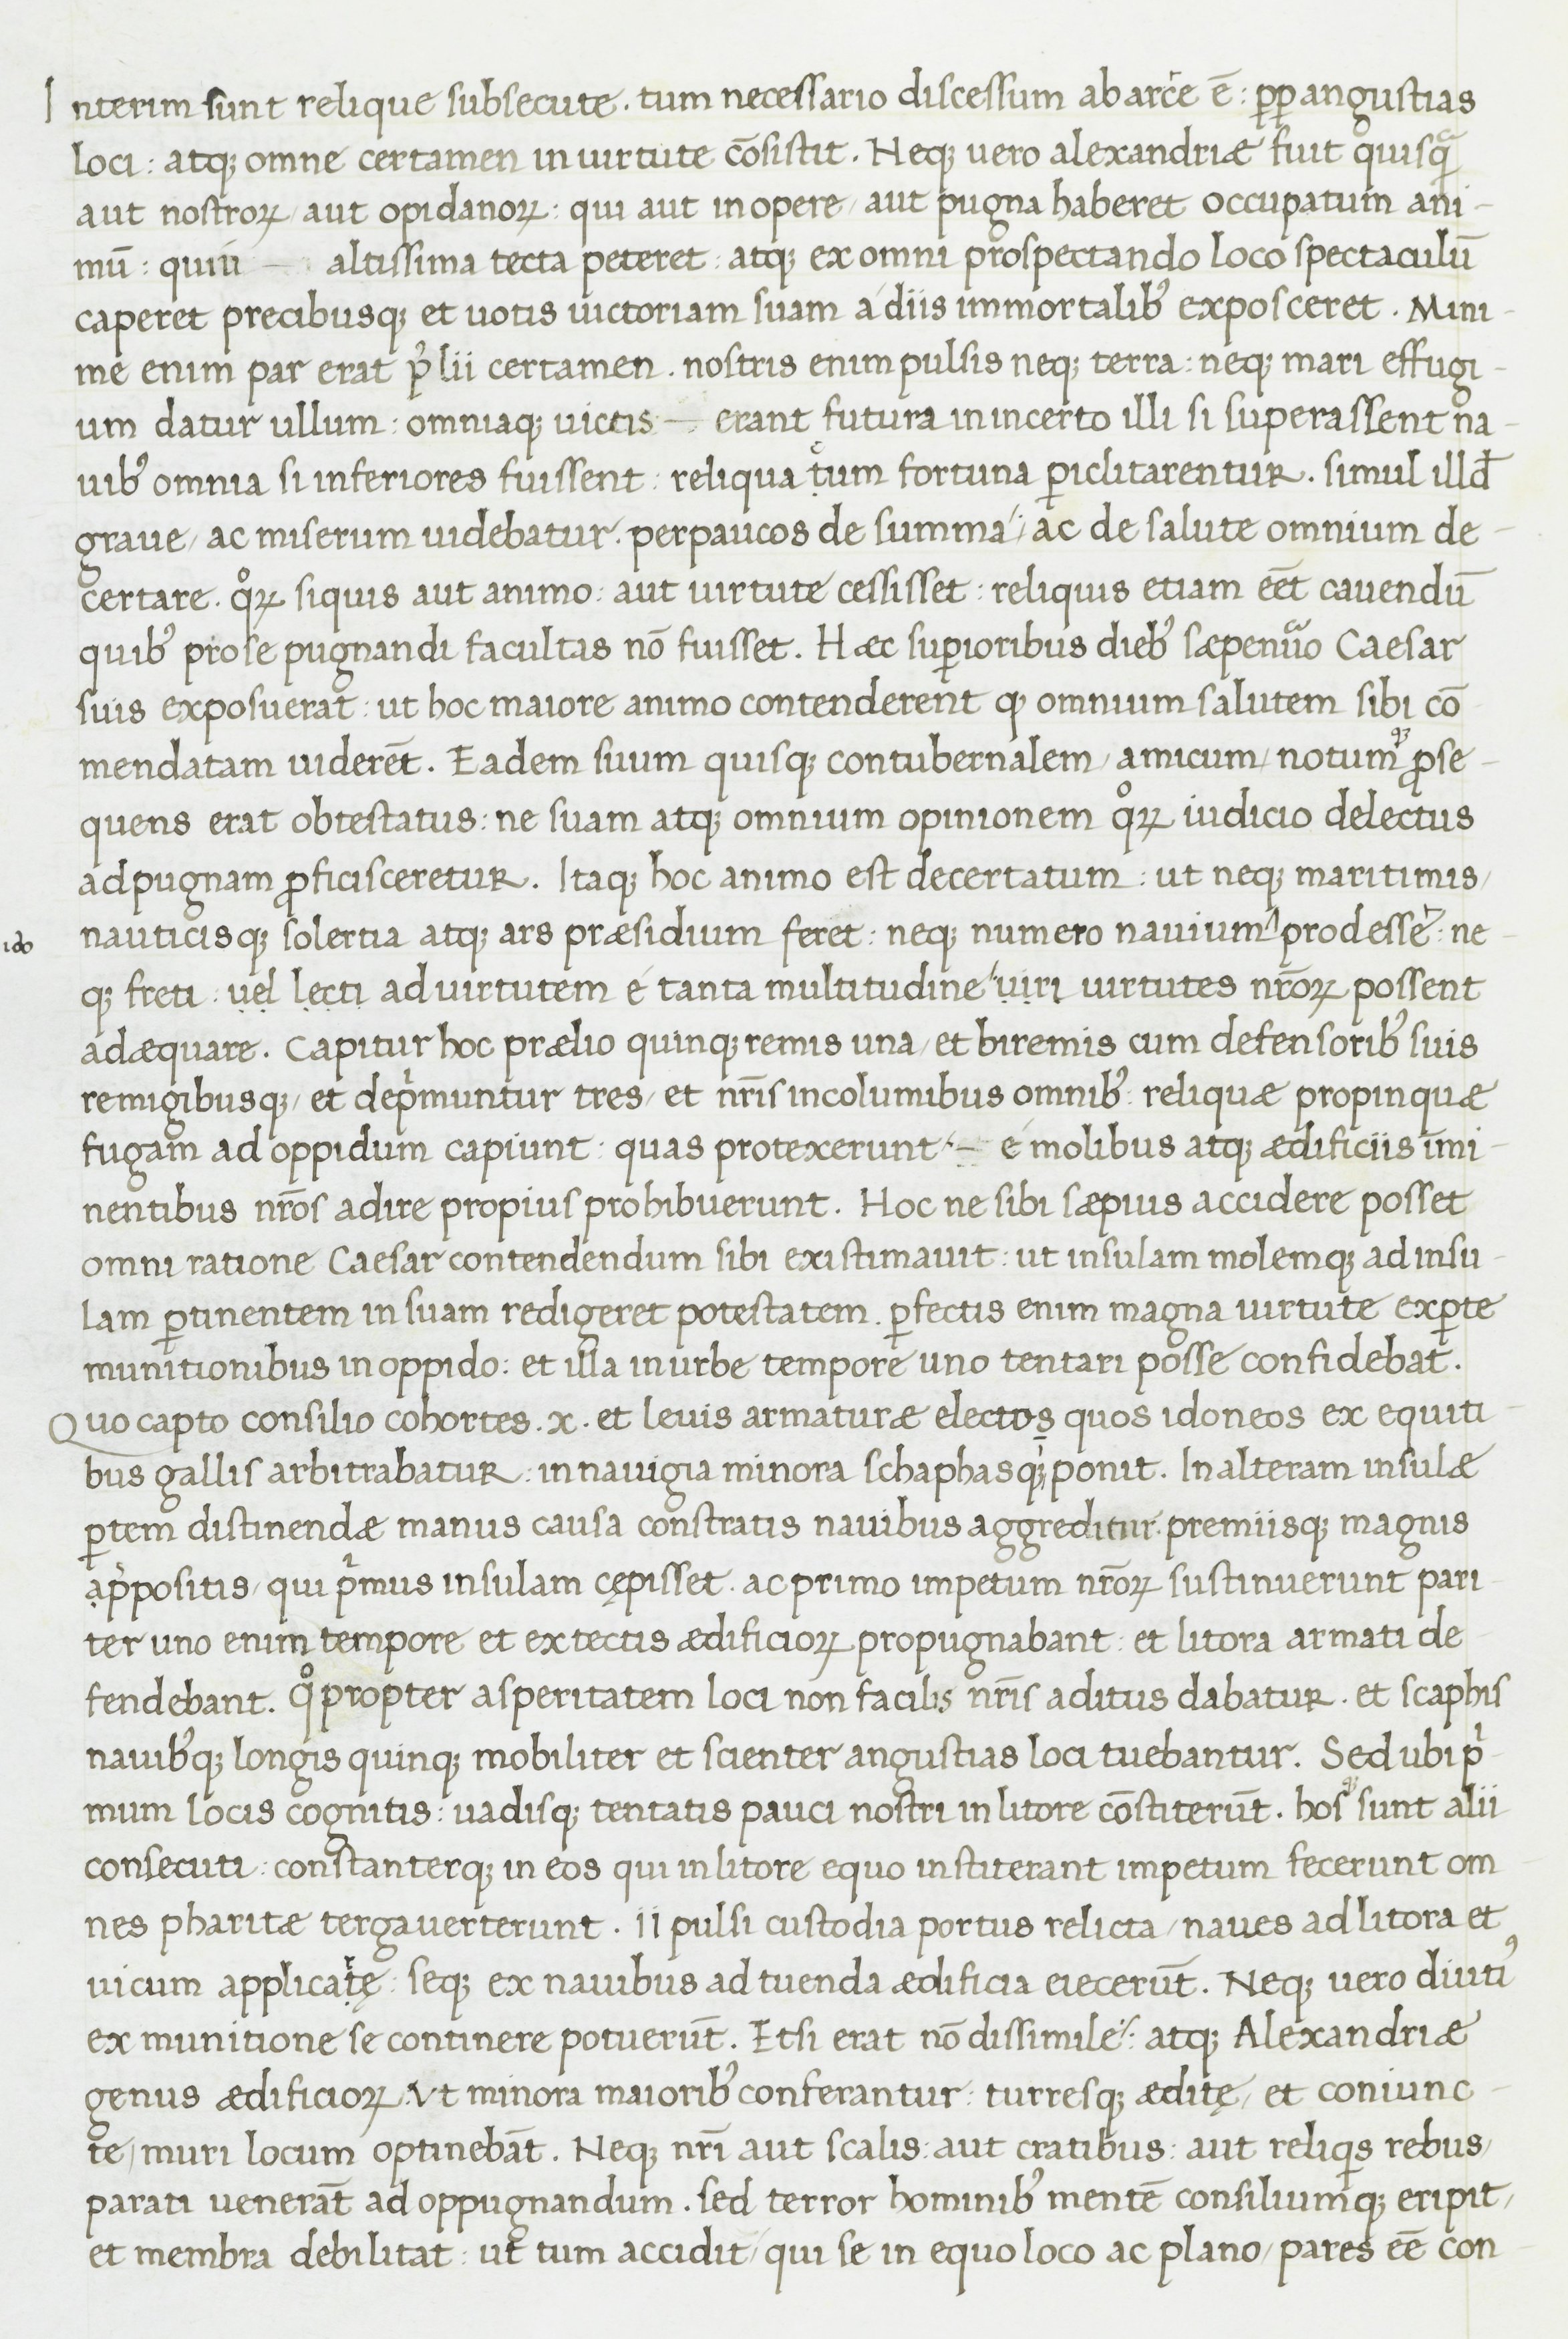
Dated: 1400–1499